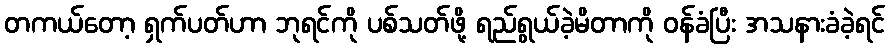
တကယ်တော့ ရှက်ပတ်ဟာ ဘုရင်ကို ပစ်သတ်ဖို့ ရည်ရွယ်ခဲ့မိတာကို ဝန်ခံပြီး အသနားခံခဲ့ရင်